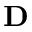
{ \bf D }